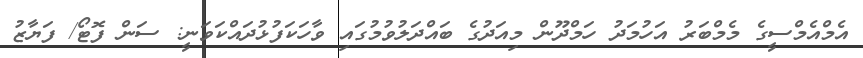
އެމްއެމްސީގެ މެމްބަރު އަހުމަދު ހަމްދޫން މިއަދުގެ ބައްދަލުވުމުގައި ވާހަކަފުޅުދައްކަވަނީ: ސަން ފޮޓޯ/ ފަޔާޒު